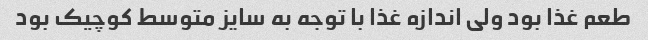
طعم غذا بود ولی اندازه غذا با توجه به سایز متوسط کوچیک بود